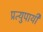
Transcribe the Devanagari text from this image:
प्रत्युपायी